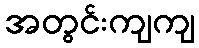
အတွင်းကျကျ